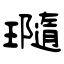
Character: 瓍